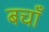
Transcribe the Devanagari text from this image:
बचाँ